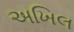
અખિલ